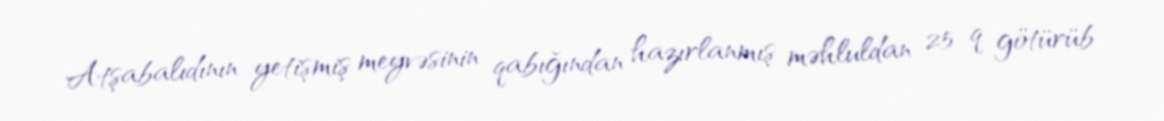
Atşabalıdının yetişmiş meyvəsinin qabığından hazırlanmış məhluldan 25 q götürüb